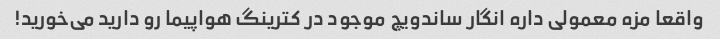
واقعا مزه معمولی داره انگار ساندویچ موجود در کترینگ هواپیما رو دارید می‌خورید!